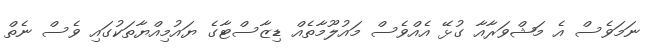
ނަމަވެސް އެ މަޝްވަރާއާ ގުޅޭ އެއްވެސް މައުލޫމާތެއް ޑިޒާސްޓާގެ ޔައުމިއްޔާތަކުގައި ވެސް ނެތް